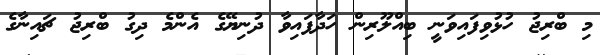
މި ބްރިޖު ހުޅުވިފައިވަނީ ބިއްލޫރިން ހަދާފައިވާ ދުނިޔޭގެ އެންމެ ދިގު ބްރިޖު ޗައިނާގެ